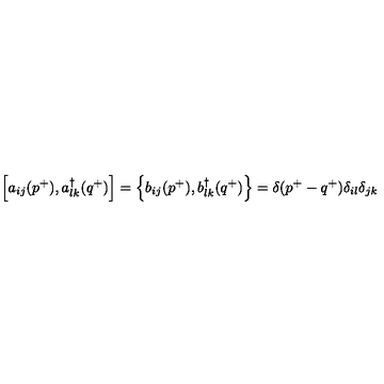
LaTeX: \left[ a _ { i j } ( p ^ { + } ) , a _ { l k } ^ { \dagger } ( q ^ { + } ) \right] = \left\{ b _ { i j } ( p ^ { + } ) , b _ { l k } ^ { \dagger } ( q ^ { + } ) \right\} = \delta ( p ^ { + } - q ^ { + } ) \delta _ { i l } \delta _ { j k }